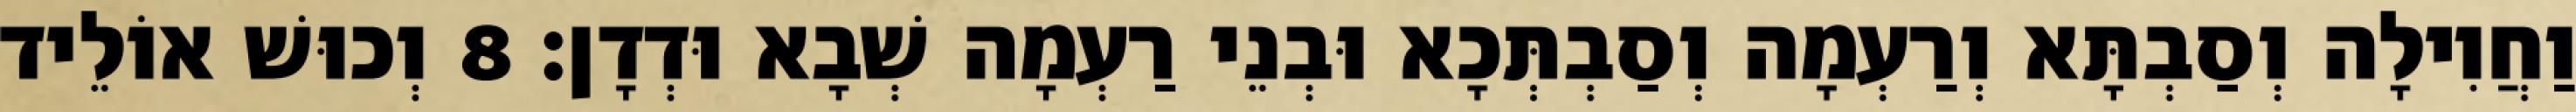
וַחֲוִילָה וְסַבְתָּא וְרַעְמָה וְסַבְתְּכָא וּבְנֵי רַעְמָה שְׁבָא וּדְדָן׃ 8 וְכוּשׁ אוֹלֵיד